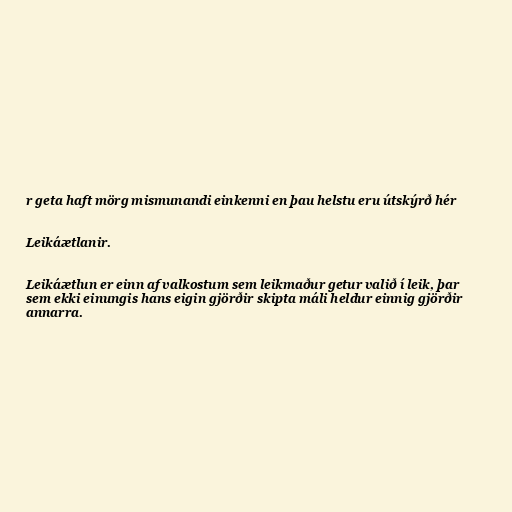
r geta haft mörg mismunandi einkenni en þau helstu eru útskýrð hér

Leikáætlanir.

Leikáætlun er einn af valkostum sem leikmaður getur valið í leik, þar
sem ekki einungis hans eigin gjörðir skipta máli heldur einnig gjörðir
annarra.